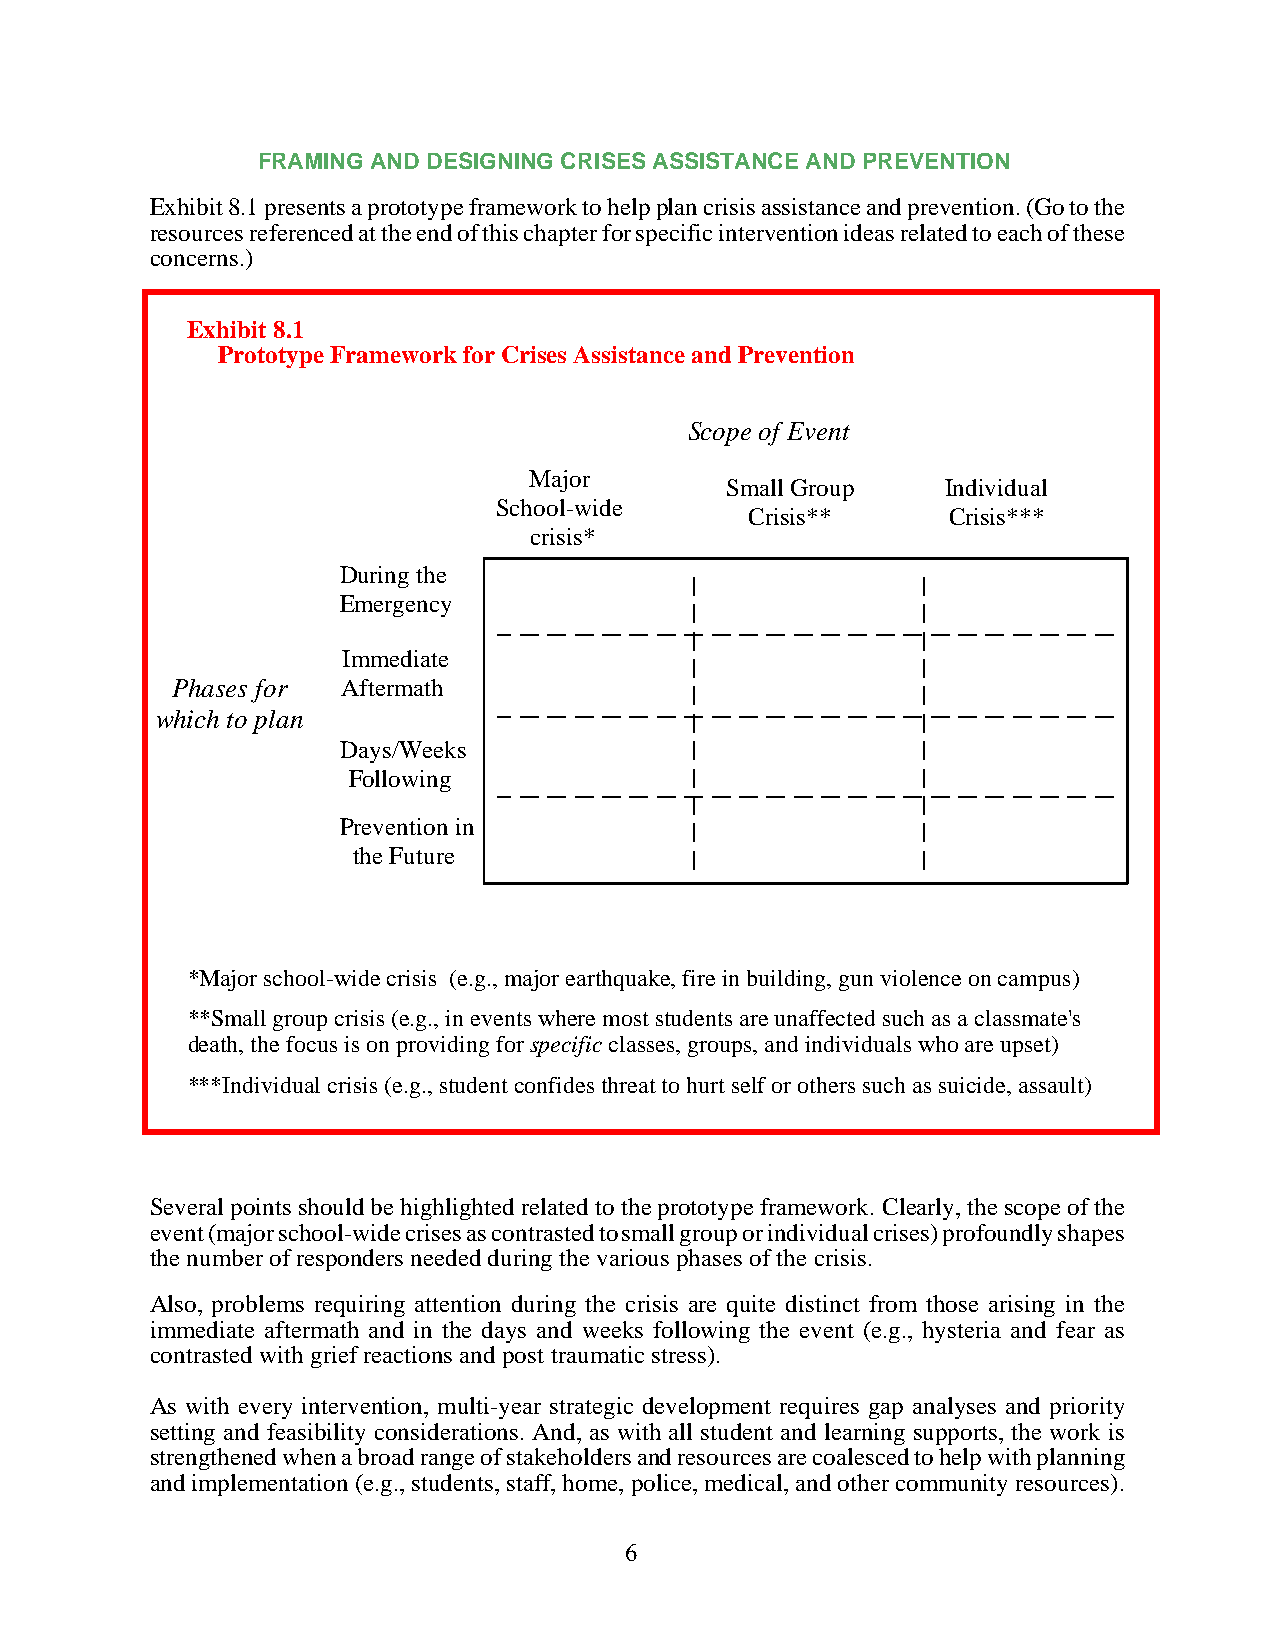
FRAMING AND DESIGNING CRISES ASSISTANCE AND PREVENTION
 Exhibit 8.1 presents a prototype framework to help plan crisis assistance and prevention. (Go to the
 resources referenced at the end of this chapter for specific intervention ideas related to each of these
 concerns.)
 Exhibit 8.1
 Prototype Framework for Crises Assistance and Prevention
 Scope of Event
 Major
 Small Group    Individual
 School-wide
 Crisis**     Crisis***
 crisis*
 During the
 Emergency
 Immediate
 Phases for  Aftermath
 which to plan
 Days/Weeks
 Following
 Prevention in
 the Future
 *Major school-wide crisis (e.g., major earthquake, fire in building, gun violence on campus)
 **Small group crisis (e.g., in events where most students are unaffected such as a classmate's
 death, the focus is on providing for specific classes, groups, and individuals who are upset)
 ***Individual crisis (e.g., student confides threat to hurt self or others such as suicide, assault)
 Several points should be highlighted related to the prototype framework. Clearly, the scope of the
 event (major school-wide crises as contrasted to small group or individual crises) profoundly shapes
 the number of responders needed during the various phases of the crisis.
 Also, problems requiring attention during the crisis are quite distinct from those arising in the
 immediate aftermath and in the days and weeks following the event (e.g., hysteria and fear as
 contrasted with grief reactions and post traumatic stress).
 As with every intervention, multi-year strategic development requires gap analyses and priority
 setting and feasibility considerations. And, as with all student and learning supports, the work is
 strengthened when a broad range of stakeholders and resources are coalesced to help with planning
 and implementation (e.g., students, staff, home, police, medical, and other community resources).
 6